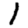
Digit: 1